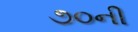
૭૦ની